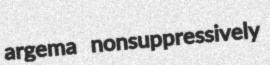
argema nonsuppressively